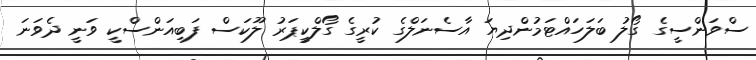
ސްވަންސީގެ ގޯލު ބަލަހައްޓަމުންދިޔަ އާސެނަލްގެ ކުރީގެ ގޯލްކީޕަރު ލޫކަސް ފަބިއަންސްކީ ވަނީ ދެވަނަ